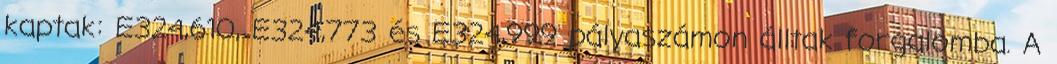
kaptak: E324,610, E324,773 és E324,999 pályaszámon álltak forgalomba. A